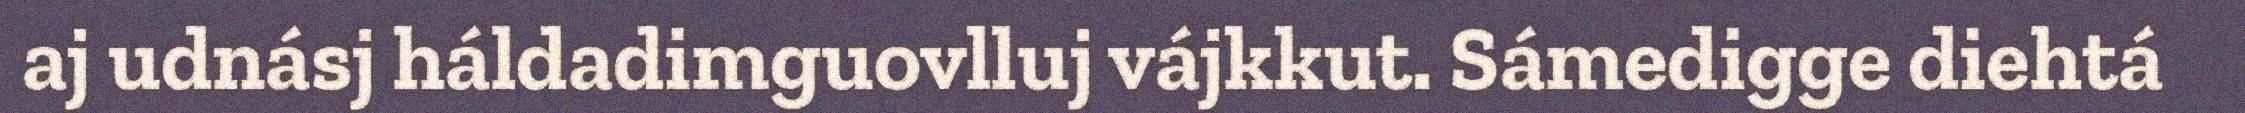
aj udnásj háldadimguovlluj vájkkut. Sámedigge diehtá